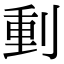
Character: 𠝤